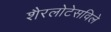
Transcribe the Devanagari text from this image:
शैरलोटेसविले